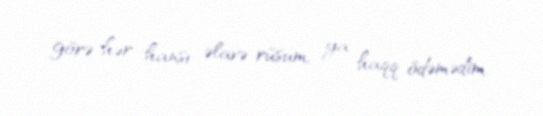
görə hər hansı əlavə rüsum, ya haqq ödəmədim.